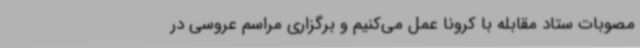
مصوبات ستاد مقابله با کرونا عمل می‌کنیم و برگزاری مراسم عروسی در